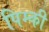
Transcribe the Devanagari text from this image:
पिम्की